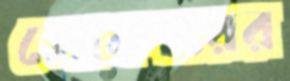
সোকারের